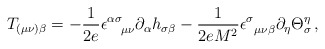
\begin{align*}T_{(\mu \nu )\beta }=-\frac{1}{2e}\epsilon _{\,\,\,\,\,\,\,\mu \nu }^{\alpha\sigma }\partial _{\alpha }h_{\sigma \beta }-\frac{1}{2eM^{2}}\epsilon_{\,\,\,\,\mu \nu \beta }^{\sigma }\partial _{\eta }\Theta _{\sigma }^{\eta}\,,\end{align*}